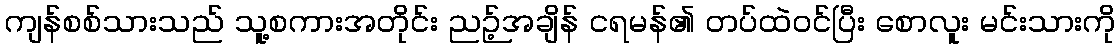
ကျန်စစ်သားသည် သူ့စကားအတိုင်း ညဉ့်အချိန် ငရမန်၏ တပ်ထဲဝင်ပြီး စောလူး မင်းသားကို